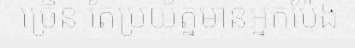
ច្រើន តែប្រយ័ត្នមានអ្នកប៉ែង